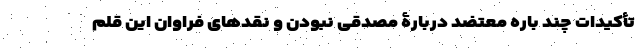
تأکیدات چند باره معتضد دربارۀ مصدقی نبودن و نقدهای فراوان این قلم